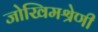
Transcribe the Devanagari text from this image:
जोखिमश्रेणी